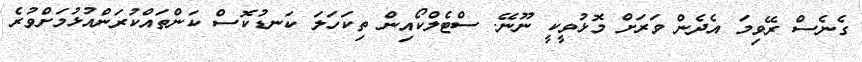
ގެނެސް ރޭވިމަ އެދެން ވަރަށް މޮޅުވީކީ ނޫނޭ. ސްޓެލްކޯއިން ތިކަހަލަ ކަނޑުކޮސް ކަަންތައްކުރަންއުޅުމަށްވުރެ